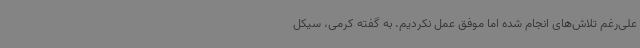
علی‌رغم تلاش‌های انجام شده اما موفق عمل نکردیم. به گفته کرمی، سیکل